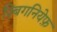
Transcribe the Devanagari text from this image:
ज़्बिगनियेफ़